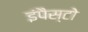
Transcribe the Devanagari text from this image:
इंपैस्टो